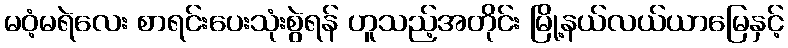
မဝံ့မရဲလေး စာရင်းပေးသုံးစွဲရန် ဟူသည့်အတိုင်း မြို့နယ်လယ်ယာမြေနှင့်